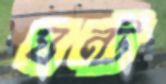
ঘন্ট